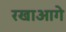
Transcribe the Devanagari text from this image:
रखाआगे